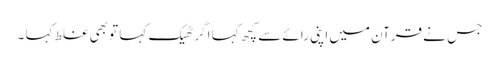
جس نے قرآن میں اپنی رائے سے کچھ کہا اگر ٹھیک کہا تو بھی غلط کہا ۔